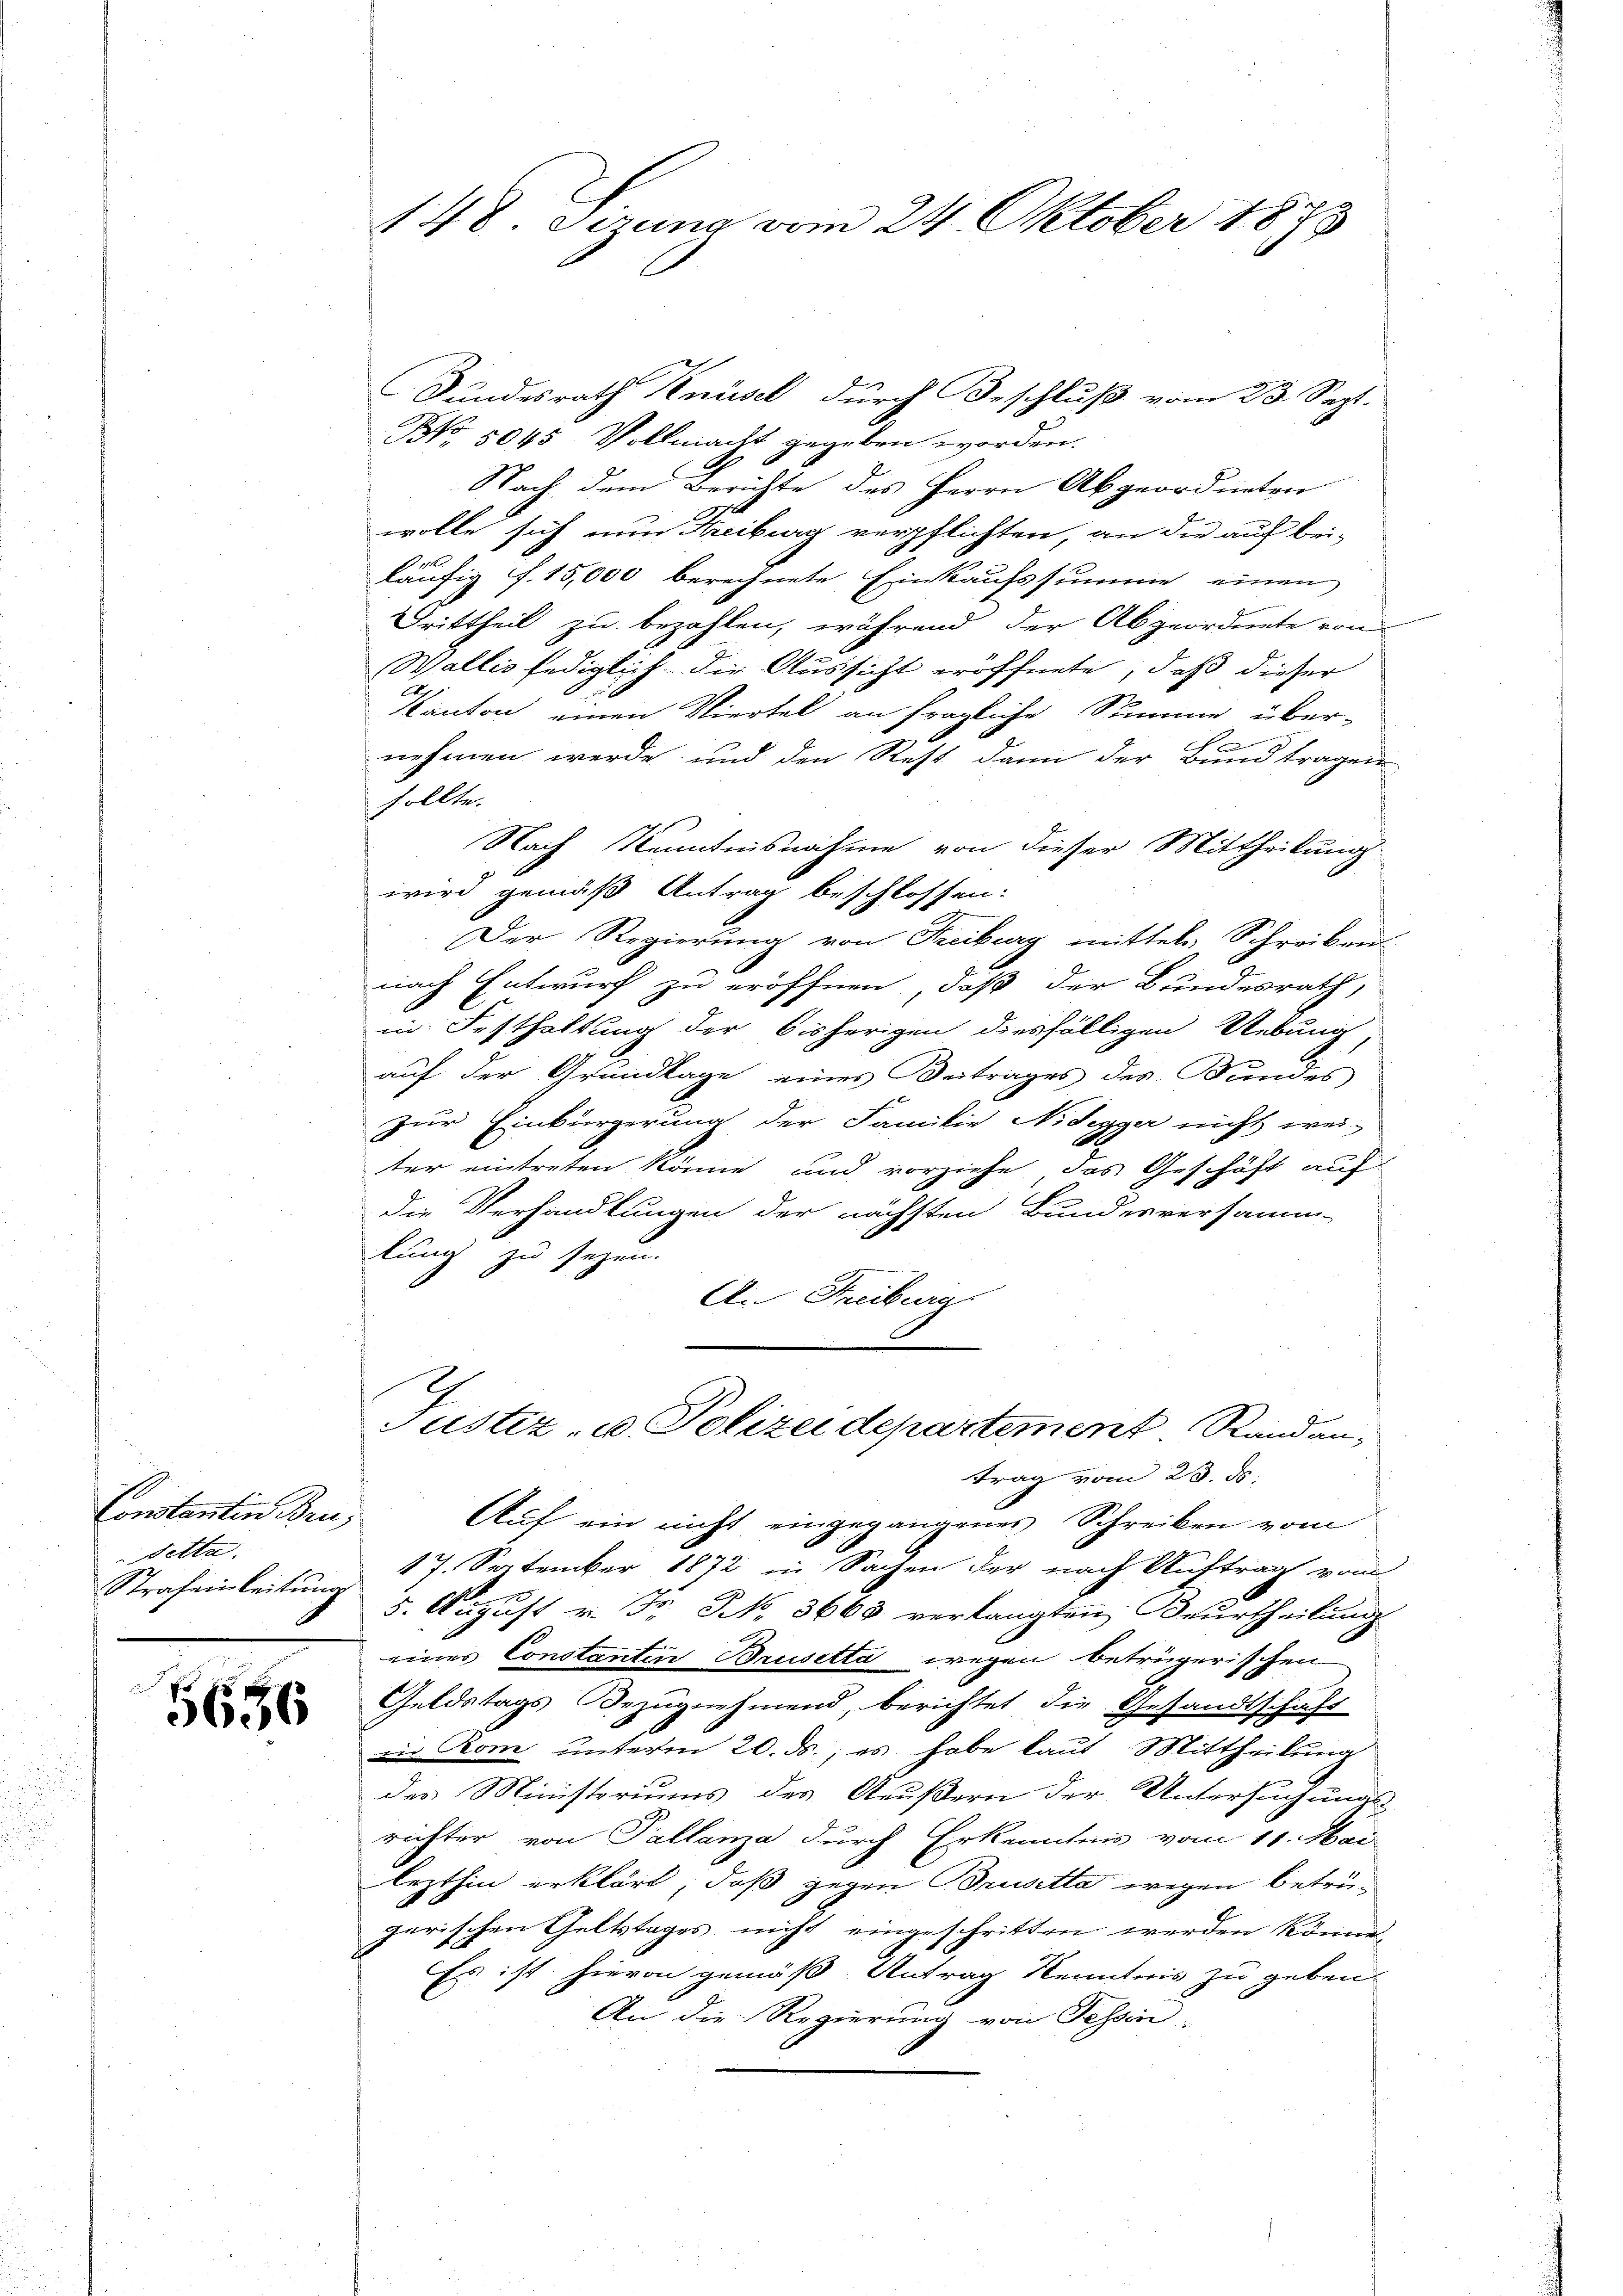
Constantin Bru¬
Sette.
Strafenleitung

i
5656

Bundesrath Knüsel durch Beschluß vom 23. Sept.
No 5045. Vollmacht gegeben worden.
Nach dem Berichte des Herrn Abgeordneten
wolle sich nun Freiburg verpflichten, an die auf bei-
läufig f. 15,000 berechnete Einkaufssumme einen
Grittheil zu bezahlen, während der Abgeordnete von
Wallis lediglich die Aussicht eröffnete, daß dieser
Kanton einen Viertel an fragliche Summe über-
nehmen werde und den Rest dann der Bund tragen
sollte.
Nach Kenntnisnahme von dieser Mittheilung
wird gemäß Antrag beschlossen:
Der Regierung von Freiburg mittels Schreibens
nach Entwurf zu eröffnen, daß der Bundesrath,
in Festhaltung der bisherigen diesfälligen Uebung,
auf der Grundlage eines Beitrages des Bundes
zur Einbürgerung der Familie Nidegger nicht wei-
ter eintreten könne und vorziehe, das Geschäft auf
die Verhandlungen der nächsten Bundesversamm-
lung zu seyen.
An Freiburg

trag vom 23. ds.
Auf ein nicht eingegangenes Schreiben vom
17. September 1872 in Sachen der nach Auftrag vom
5. August v. Fr. N. 3663 verlangten Beurtheilung
eines Constantin Brusetta wegen betrügerischen
Geldstags Bezugnehmend, berichtet die Gesandtschaft
iis Rom unterm 20. ds., es habe laut Mittheilung
des Ministeriums des Aeußern der Untersuchungs-
richter von Pallanza durch Erkenntnis vom 11. Mai
lezthin erklärt, daß gegen Brusetta wegen betrügerischen Geltstages nicht eingeschritten werden könne,
Es ist hievon gemäß Antrag Kenntnis zu geben
An die Regierung von Tessin,

148. Sezung vom 24. Oktober 1873

Justiz - Polizeidepartement. Randan-